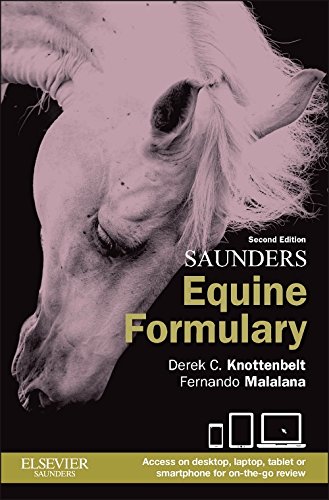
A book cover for Saunders Equine Formulary, 2e; Derek C. Knottenbelt OBE  BVM&S  DVM&S  Dip ECEIM  MRCVS; Medical Books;